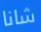
شانا